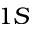
1 S